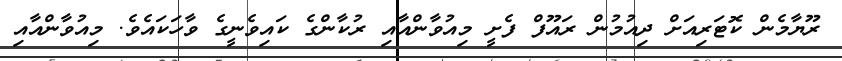
ރޫޔާމެން ކޮޓަރިއަށް ދިއުމުން ރައޫފް ފެށީ މިއުވާންއާއި ރުކާންގެ ކައިވެނީގެ ވާހަކައެވެ. މިއުވާންއާއި